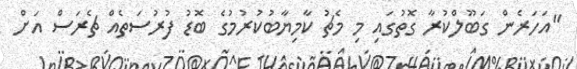
"އަހަރެން ގަބޫލްކުރާ ގޮތުގައި މި މެޗު ކާމިޔާބުކުރުމުގެ ބޮޑު ފުރުސަތެއް ޗެރަސް އަށް